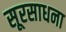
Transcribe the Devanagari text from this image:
सूरसाधना